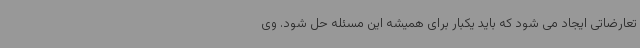
تعارضاتی ایجاد می شود که باید یکبار برای همیشه این مسئله حل شود. وی